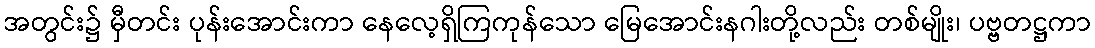
အတွင်း၌ မှီတင်း ပုန်းအောင်းကာ နေလေ့ရှိကြကုန်သော မြေအောင်းနဂါးတို့လည်း တစ်မျိုး၊ ပဗ္ဗတဋ္ဌကာ